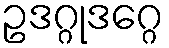
ဥဒဂ္ဂုဒဂ္ဂေ